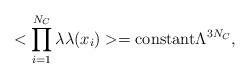
LaTeX: \begin{align*}< \prod_{i=1}^{N_C} \lambda \lambda (x_i) >= \hbox {constant}\Lambda^{3N_C},\end{align*}